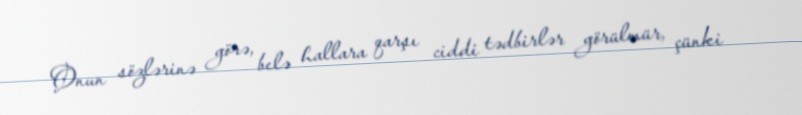
Onun sözlərinə görə, belə hallara qarşı ciddi tədbirlər görülmür, çünki